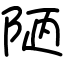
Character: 陋